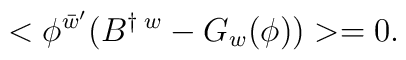
<\phi^{\bar{w}'}(B^{\dagger\; w} - G_{w}(\phi)) > = 0.